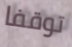
توقفا